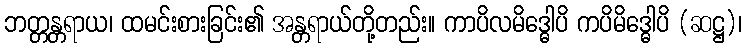
ဘတ္တန္တရာယ၊ ထမင်းစားခြင်း၏ အန္တရာယ်တို့တည်း။ ကာပိလမိဒ္ဓေါပိ ကပိမိဒ္ဓေါပိ (ဆဋ္ဌ)၊